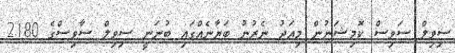
ސިވިލް ސަވިސް ކޮމިޝަނުން މިއަދު ނެރުނު ބަޔާނެއްގައި ބުނަނީ ސިވިލް ސާވިސްގެ 2180